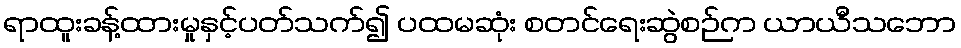
ရာထူးခန့်ထားမှုနှင့်ပတ်သက်၍ ပထမဆုံး စတင်ရေးဆွဲစဉ်က ယာယီသဘော